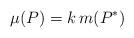
LaTeX: \begin{align*}\mu (P) = k \, m(P^*)\end{align*}